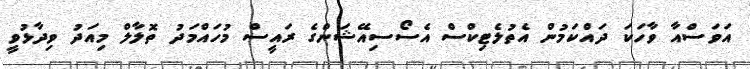
އަވަސްއާ ވާހަކަ ދައްކަމުން އެތުލެޓިކްސް އެސޯސިއޭޝަންގެ ރައީސް މުހައްމަދު ތޮލާލް މިއަދު ވިދާޅުވީ